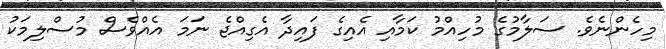
މިހެންނެވެ. ސަލާމުގެ މުހިއްމު ކަމާއި އެއިގެ ފައިދާ އެގިއްޖެ ނަމަ އެއްވެސް މުސްލިމަކު